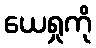
ယေရှုကို